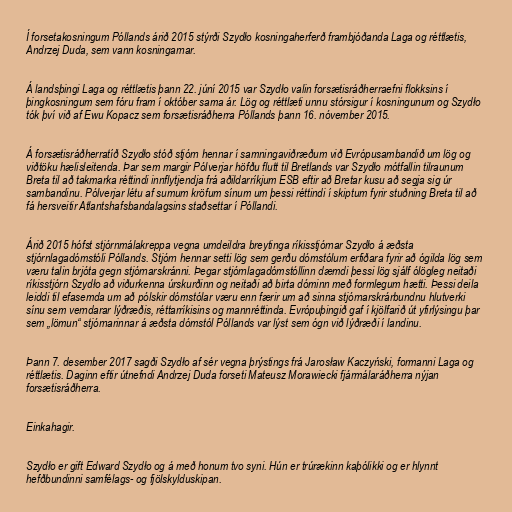
Í forsetakosningum Póllands árið 2015 stýrði Szydło kosningaherferð frambjóðanda Laga og réttlætis,
Andrzej Duda, sem vann kosningarnar.

Á landsþingi Laga og réttlætis þann 22. júní 2015 var Szydło valin forsætisráðherraefni flokksins í
þingkosningum sem fóru fram í október sama ár. Lög og réttlæti unnu stórsigur í kosningunum og Szydło
tók því við af Ewu Kopacz sem forsætisráðherra Póllands þann 16. nóvember 2015.

Á forsætisráðherratíð Szydło stóð stjórn hennar í samningaviðræðum við Evrópusambandið um lög og
viðtöku hælisleitenda. Þar sem margir Pólverjar höfðu flutt til Bretlands var Szydło mótfallin tilraunum
Breta til að takmarka réttindi innflytjendja frá aðildarríkjum ESB eftir að Bretar kusu að segja sig úr
sambandinu. Pólverjar létu af sumum kröfum sínum um þessi réttindi í skiptum fyrir stuðning Breta til að
fá hersveitir Atlantshafsbandalagsins staðsettar í Póllandi.

Árið 2015 hófst stjórnmálakreppa vegna umdeildra breytinga ríkisstjórnar Szydło á æðsta
stjórnlagadómstóli Póllands. Stjórn hennar setti lög sem gerðu dómstólum erfiðara fyrir að ógilda lög sem
væru talin brjóta gegn stjórnarskránni. Þegar stjórnlagadómstóllinn dæmdi þessi lög sjálf ólögleg neitaði
ríkisstjórn Szydło að viðurkenna úrskurðinn og neitaði að birta dóminn með formlegum hætti. Þessi deila
leiddi til efasemda um að pólskir dómstólar væru enn færir um að sinna stjórnarskrárbundnu hlutverki
sínu sem verndarar lýðræðis, réttarríkisins og mannréttinda. Evrópuþingið gaf í kjölfarið út yfirlýsingu þar
sem „lömun“ stjórnarinnar á æðsta dómstól Póllands var lýst sem ógn við lýðræði í landinu.

Þann 7. desember 2017 sagði Szydło af sér vegna þrýstings frá Jarosław Kaczyński, formanni Laga og
réttlætis. Daginn eftir útnefndi Andrzej Duda forseti Mateusz Morawiecki fjármálaráðherra nýjan
forsætisráðherra.

Einkahagir.

Szydło er gift Edward Szydło og á með honum tvo syni. Hún er trúrækinn kaþólikki og er hlynnt
hefðbundinni samfélags- og fjölskylduskipan.